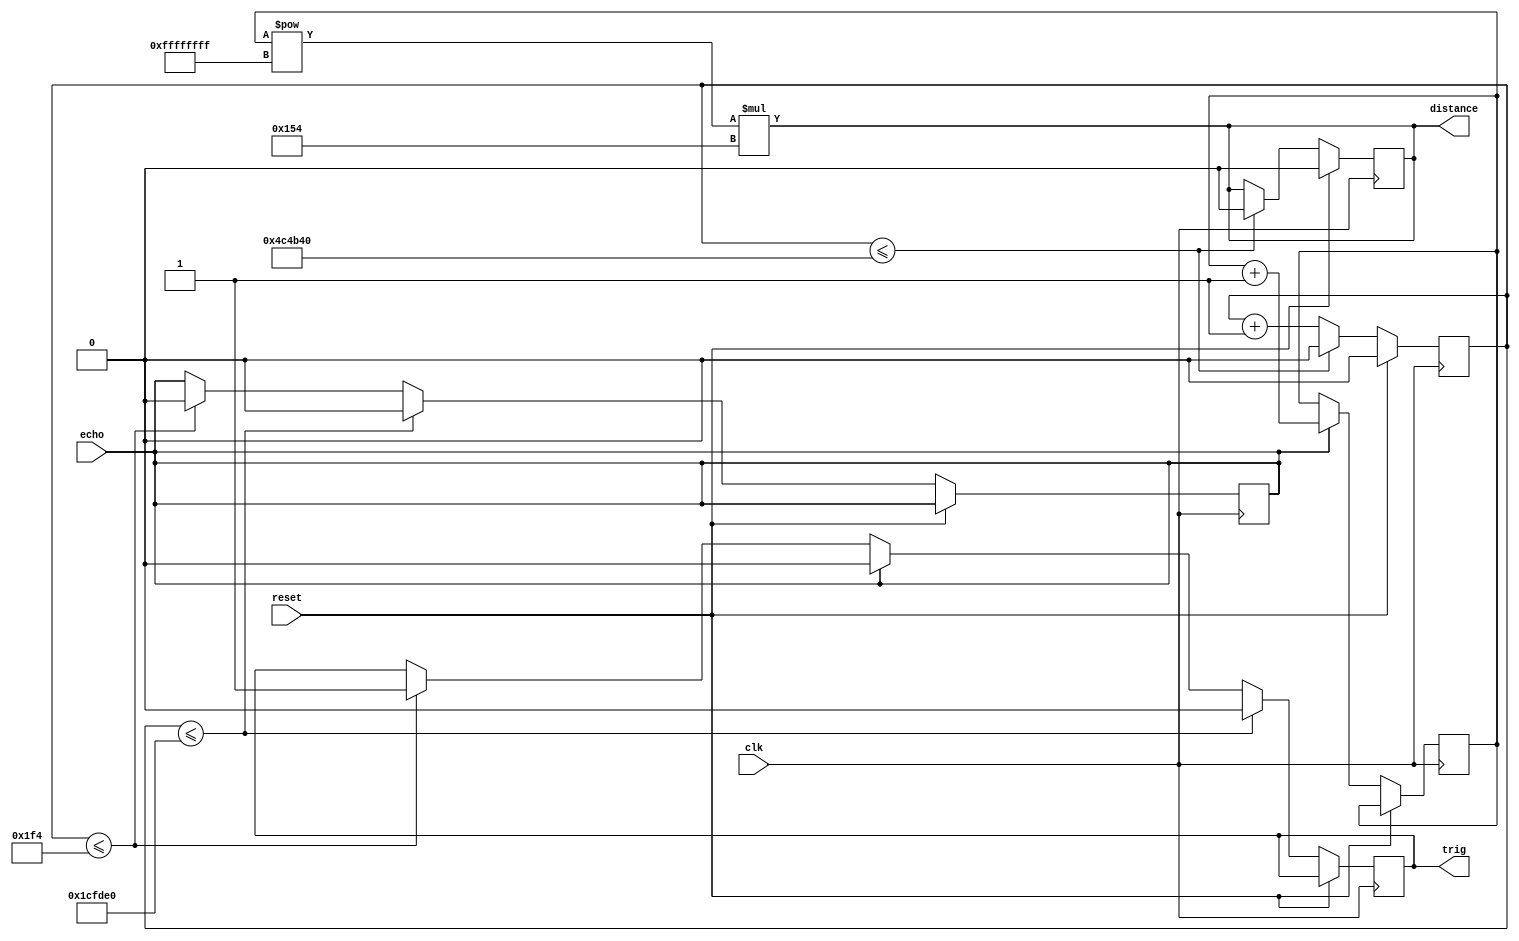
module usensor (trig, echo, distance, reset, clk);
output trig, distance;
input clk, echo, reset;
reg  dist_counter=0;
reg  counter=0;
always @ (posedge clk)
begin
	if (reset)
		begin
			counter<=0;
			distance<=0;
		end
	else
		begin
			counter <= counter + 1;
			if (counter <= 500)         //10usec to initialize sensor
				begin
					echo<=0;
					trig<=1;              // trig is set high
				end
			if (echo)                   // sensing 5v at echo pin so echo pin is high
				begin
					dist_counter <= dist_counter + 1;
					trig <=0;
				end
			if (counter<= 1900000)	  // maximum time of sensing any object is 38ms
				begin
					echo<=0;
					trig<=0;
				end
			if (counter<= 5000000)      // wait 1 sec to begin again
				begin
				counter<=0;
				distance <=0;
				end
		end	
			
end
assign distance = (dist_counter ** (-1)) * 340;      // speed of sound in air
endmodule